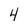
Character: 4